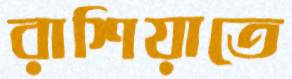
রাশিয়াতে